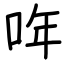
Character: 哖